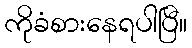
ကိုခံစားနေရပါပြီ။